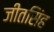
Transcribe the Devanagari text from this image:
जीतसिंह